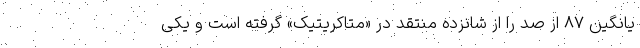
یانگین ٨۷ از صد را از شانزده منتقد در «متاکریتیک» گرفته است و یکی